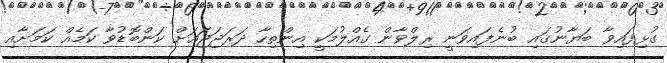
ގުޅިފައިވާ ބަޔާނުގައި ބުނެފައިވަނީ ރިލްވާން ގެއްލުމަކީ އިންތިހާ ދަރަޖަޖައަށް ކަންބޮޑުވާ ކަމެއް ކަމަށާއި